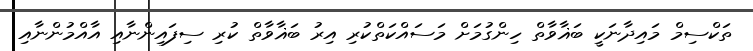
ތަކްސިމް މައިދާނަކީ ބަޣާވާތް ހިންގުމަށް މަސައްކަތްކުރި އިރު ބަޣާވާތް ކުރި ސިފައިންނާއި އާއްމުންނާއި